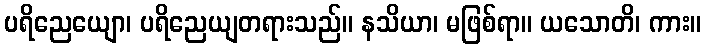
ပရိညေယျော၊ ပရိညေယျတရားသည်။ နသိယာ၊ မဖြစ်ရာ။ ယသောတိ၊ ကား။